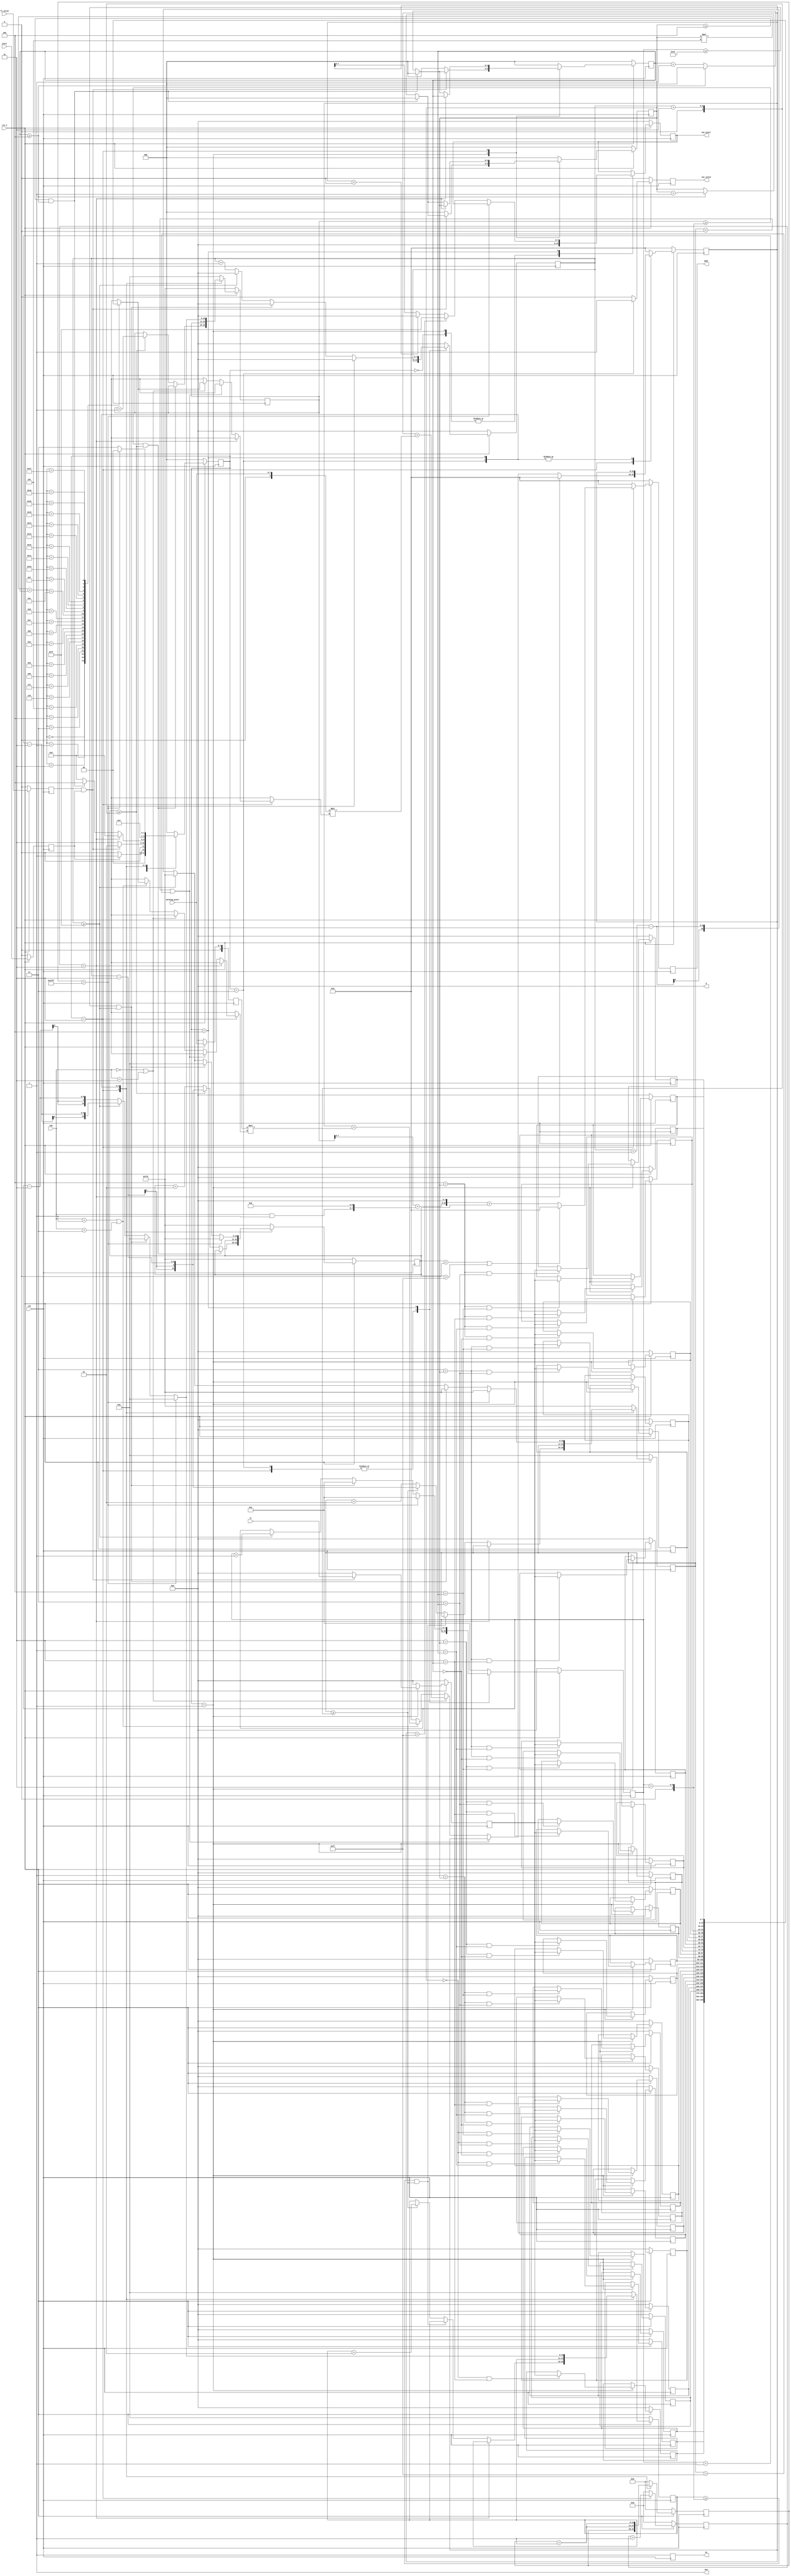
module filter (
	input wire clk,
	input wire rst_n,
	input wire fc_valid,
	input wire [7:0] working_pixel,
	input signed [7:0] fc,
	input wire start,
	input wire [1:0] num,
	output reg [7:0] out_pixel,
	output reg out_valid,
	output reg [15:0] addr,
	output wire wen,
	output reg en,
	output wire [7:0] d
);

	
	//add sign to working pixel
	
	wire signed [15:0] offset = (num & 2'd1) << 6;
	

	parameter IDLE   = 3'b000;
	parameter READfc = 3'b001;
	parameter CALC   = 3'b010;
	parameter WAIT   = 3'b011;
	parameter OUTPUT = 3'b100;
	
	parameter PIXELCOUNT = 14'd16383;

	integer i, j;
	

	reg START, FC_valid, next_out_valid;
	reg [2:0] state, next_state;
	reg [2:0] fc_i, fc_j, next_fc_i, next_fc_j;
	reg [4:0] calc_count, next_calc_count;
	reg [7:0] pixel_i, pixel_j, next_pixel_i, next_pixel_j, next_outPixel;
	
	reg [13:0] pixel_count, next_pixel_count;
	reg [15:0] next_addr;

	
	reg signed [7:0] temp_fc, next_temp_fc;
	reg signed [7:0] FC[0:4][0:4];
	reg signed [7:0] next_FC[0:4][0:4];
	reg signed [15:0] temp_pixel, next_temp_pixel;
	reg signed [10:0] padded_i, padded_j, next_padded_i, next_padded_j;

	reg signed [10:0] ibound, jbound, next_ibound, next_jbound;


	assign wen = 1'b1;
	assign d = 8'd0;

	wire signed [8:0] calc_pixel = {1'b0, working_pixel};
	reg  signed [8:0] reg_calc_pixel;
	// always @(negedge clk) begin
	// 	if(!rst_n) begin
	// 		reg_calc_pixel = 0;
	// 	end else begin
	// 		reg_calc_pixel = calc_pixel;
	// 	end
	// end


	always @(posedge clk) begin
		en = 1;
		if( !rst_n ) begin
			START = 1'b0;
			FC_valid = 1'b0;
			state = IDLE;
			for(i=0; i<5; i=i+1) begin
				for(j=0; j<5; j=j+1) begin
					FC[i][j] = 8'd0;
				end
			end


			fc_i = 3'd0;
			fc_j = 3'd0;
			pixel_i = 8'd0;
			pixel_j = 8'd0;
			padded_i = -2;
			padded_j = -2;
			ibound = 11'd0;
			jbound = 11'd0;

			reg_calc_pixel = 9'd0;

			calc_count = 5'd0;
			out_pixel = 8'd0;
			out_valid = 1'b0;
			pixel_count = 16'd0;
			addr = 15'd0;
			temp_pixel = $signed(0);
			temp_fc = 4'd0;
			
		end else begin
			START = start;
			FC_valid = fc_valid;
			state = next_state;
			for(i=0; i<5; i=i+1) begin
				for(j=0; j<5; j=j+1) begin
					FC[i][j] = next_FC[i][j];
				end
			end
			fc_i = next_fc_i;
			fc_j = next_fc_j;
			pixel_i = next_pixel_i;
			pixel_j = next_pixel_j;
			padded_i = next_padded_i;
			padded_j = next_padded_j;
			ibound = next_ibound;
			jbound = next_jbound;

			reg_calc_pixel = calc_pixel;
			
			calc_count = next_calc_count;
			out_pixel = next_outPixel;
			out_valid = next_out_valid;
			pixel_count = next_pixel_count;
			addr = next_addr;
			temp_pixel = next_temp_pixel;
			temp_fc = next_temp_fc;
		end
	end



	always @(*) begin

		next_fc_i = 8'd0;
		next_fc_j = 8'd0;
		next_pixel_i = 8'd2;
		next_pixel_j = 8'd0;
		next_padded_i = 0;
		next_padded_j = -2;
		next_ibound = 0;
		next_jbound = -2;

		next_calc_count = 5'd0;
		next_outPixel = out_pixel;
		next_pixel_count = 16'd0;
		next_addr = 15'd0;	
		next_temp_pixel = $signed(0);
		next_temp_fc = 4'd0;

		next_state = IDLE;
		next_out_valid = 1'b0;
		for(i=0; i<5; i=i+1) begin
			for(j=0; j<5; j=j+1) begin
				next_FC[i][j] = FC[i][j];
			end
		end


		case (state)
			IDLE: begin
				next_fc_i = 8'd0;
				next_fc_j = 8'd0;
				next_pixel_i = 8'd2;
				next_pixel_j = 8'd0;
				next_padded_i = 0;
				next_padded_j = -2;
				next_ibound = 0;
				next_jbound = -2;

				next_calc_count = 5'd0;
				next_outPixel = 10'd0;
				next_pixel_count = 16'd0;
				next_addr = 15'd0;	
				next_temp_pixel = $signed(0);
				next_temp_fc = 4'd0;

				next_out_valid = 1'b0;
				for(i=0; i<5; i=i+1) begin
					for(j=0; j<5; j=j+1) begin
						next_FC[i][j] = FC[i][j];
					end
				end


				if(START) begin
					next_state = READfc;
				end else begin
					next_state = IDLE;
				end
			end
			READfc: begin
				next_pixel_i = 8'd2;
				next_pixel_j = 8'd0;
				next_padded_i = 0;
				next_padded_j = -2;
				next_ibound = 0;
				next_jbound = -2;

				next_calc_count = 5'd0;
				next_outPixel = 10'd0;
				next_pixel_count = 16'd0;
				next_addr = 15'd0;	
				next_temp_pixel = $signed(0);

				next_out_valid = 1'b0;
				for(i=0; i<5; i=i+1) begin
					for(j=0; j<5; j=j+1) begin
						if(i==fc_i && j==fc_j)begin
							next_FC[i][j] = temp_fc;
						end else begin
							next_FC[i][j] = FC[i][j];
						end
					end
				end

				if(FC_valid && START) begin
					if( fc_i >= 3'd4 && fc_j >= 3'd4 ) begin
						next_fc_i = 3'd0;
						next_fc_j = 3'd0;
					end else if( fc_j >= 3'd4 ) begin
						next_fc_i = fc_i + 3'd1;
						next_fc_j = 3'd0;
					end else begin
						next_fc_i = fc_i;
						next_fc_j = fc_j + 3'd1;
					end
					next_state = READfc;
					next_temp_fc = fc;
				end else begin
					next_fc_i = 3'd0;
					next_fc_j = 3'd0;
					next_temp_fc = 4'd0;
					next_state = CALC;
				end
			end
			CALC: begin
				next_addr = addr;	
				next_temp_fc = 4'd0;
				next_out_valid = 1'b0;
				for(i=0; i<5; i=i+1) begin
					for(j=0; j<5; j=j+1) begin
						next_FC[i][j] = FC[i][j];
					end
				end

				next_fc_i = fc_i;
				next_fc_j = fc_j;
				next_pixel_i = pixel_i;
				next_pixel_j = pixel_j;
				next_padded_i = padded_i;
				next_padded_j = padded_j;
				next_ibound = ibound;
				next_jbound = jbound;
				
				next_outPixel = out_pixel;
				next_pixel_count = pixel_count;

				next_calc_count = calc_count + 5'd1;
				next_state = CALC;
				next_temp_pixel = $signed(0);

				// calculate address
				if(padded_j<$signed(0) || padded_j>$signed(255)) begin
					next_addr = 15'd0;
				end else begin
					next_addr = ( (padded_i + offset ) << 8 ) + padded_j;
				end
				//upadate padded pixel coordinate
				if( padded_i >= $signed(pixel_i + 10'd2) && padded_j >= $signed(pixel_j + 10'd2) ) begin
					next_padded_i = padded_i;
					next_padded_j = padded_j;
				end else if( padded_j >= $signed(pixel_j + 10'd2) ) begin
					next_padded_i = padded_i + 8'd1;
					next_padded_j = pixel_j - $signed(10'd2);
				end else begin
					next_padded_i = padded_i;
					next_padded_j = padded_j + $signed(10'd1);
				end
				
				// convulution
				if(calc_count < 5'd2) begin
					next_temp_pixel = $signed(0);
					next_ibound = ibound;
					next_jbound = jbound;
				end else begin

					//padded
					if( jbound < $signed(0) || jbound > $signed(255)) begin
						next_temp_pixel = temp_pixel;
					end else if( num == 2'd0 || num == 2'd2 ) begin
						next_temp_pixel = temp_pixel + calc_pixel * FC[fc_i][fc_j];
					end else if( num == 2'd1 || num == 2'd3 ) begin
						next_temp_pixel = temp_pixel + reg_calc_pixel * FC[fc_i][fc_j];
					end
					
					if( ibound >= $signed(pixel_i + 2) && jbound >= $signed(pixel_j + 2) ) begin
						next_ibound = ibound;
						next_jbound = jbound;
					end else if( jbound >= $signed(pixel_j + 2) ) begin
						next_ibound = ibound + $signed(10'd1);
						next_jbound = pixel_j - $signed(10'd2);
					end else begin
						next_ibound = ibound;
						next_jbound = jbound + $signed(10'd1);
					end

					//upadate FC coordinate
					if( fc_i >= 3'd4 && fc_j >= 3'd4 ) begin
						next_fc_i = 3'd0;
						next_fc_j = 3'd0;
						next_state = OUTPUT;
					end else if( fc_j >= 3'd4 ) begin
						next_fc_i = fc_i + 3'd1;
						next_fc_j = 3'd0;
					end else begin
						next_fc_i = fc_i;
						next_fc_j = fc_j + 3'd1;
					end
				end
				// if(num == 2'd3) begin
				// 	$write("Padded [%3d][%3d]  ||  ", padded_i, padded_j);
				// 	$write("Filter [%d][%d] = %2d  [%3d][%3d]  ||  ", fc_i, fc_j, FC[fc_i][fc_j], ibound, jbound);
				// 	$write("Address = %6d  ||  reg calc pixel = %3d  ||  Temp pixel = %5d\n", addr, reg_calc_pixel, temp_pixel);
				// end
			end
			WAIT: begin
				next_out_valid = 1'b1;
				next_calc_count = 5'd0;
				next_addr = 16'd0;	
				next_temp_fc = 4'd0;
				for(i=0; i<5; i=i+1) begin
					for(j=0; j<5; j=j+1) begin
						next_FC[i][j] = FC[i][j];
					end
				end
				next_temp_pixel = temp_pixel;
				next_outPixel = out_pixel;
				next_pixel_count = pixel_count + 16'd1;

				next_fc_i = 3'd0;
				next_fc_j = 3'd0;
				next_pixel_i = pixel_i;
				next_pixel_j = pixel_j;
				next_padded_i = padded_i;
				next_padded_j = padded_j;
				next_ibound = ibound;
				next_jbound = jbound;

				next_state = CALC;
			end

			OUTPUT: begin

				next_calc_count = 5'd0;
				next_addr = 16'd0;	
				next_temp_fc = 4'd0;
				for(i=0; i<5; i=i+1) begin
					for(j=0; j<5; j=j+1) begin
						next_FC[i][j] = FC[i][j];
					end
				end

				next_fc_i = 3'd0;
				next_fc_j = 3'd0;

				next_temp_pixel = temp_pixel;
				next_outPixel = out_pixel;
				next_pixel_count = pixel_count + 14'd1;

				if(pixel_count > PIXELCOUNT) begin
					next_out_valid = 1'b0;
					next_state = IDLE;
				end else begin
					next_out_valid = 1'b0;
					next_state = WAIT;
					//change the value less than 0 to 0
					//change the value greater than 255 to 255
					if(temp_pixel > $signed(255))begin
						next_outPixel = 255;
					end else if(temp_pixel < $signed(0))begin
						next_outPixel = 0;
					end else begin
						next_outPixel = temp_pixel;
					end

					if( pixel_i >= 8'd68 && pixel_j >= 8'd255 ) begin
						next_pixel_i = 8'd2;
						next_pixel_j = 8'd0;
						next_padded_i = 0;
						next_padded_j = 0;
						next_ibound = 0;
						next_jbound = -2;
					end else if( pixel_j >= 8'd255 ) begin
						next_pixel_i = pixel_i + 8'd1;
						next_pixel_j = 8'd0;
						next_padded_i = pixel_i + 8'd1 - 2;
						next_padded_j = -2;
						next_ibound = pixel_i + 8'd1 - 2;
						next_jbound = -2;
					end else begin
						next_pixel_i = pixel_i;
						next_pixel_j = pixel_j + 8'd1;
						next_padded_i = pixel_i - 2;
						next_padded_j = pixel_j + 8'd1 - 2;
						next_ibound = pixel_i - 2;
						next_jbound = pixel_j + 8'd1 - 2;
					end
					
					// if(num == 2'd3) begin
					// 	$write("=============================================================================================================================\n");
					// end
					
					// $write("===== Padded [%3d][%3d]  ||  Calculate [%3d][%3d]  ||  pixel count = %5d  ||  Out pixel = %3d =====\n", padded_i, padded_j, pixel_i, pixel_j, pixel_count, out_pixel);
				end
			end
		endcase
	end






endmodule